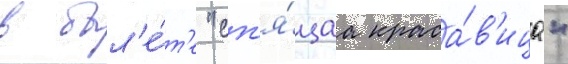
в бал'е́т'е "сп'я́щаа краса́в'ица"